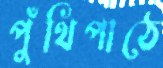
পুঁথিপাঠে